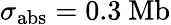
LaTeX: \sigma_{\mathrm{abs}}=0.3~\mathrm{Mb}